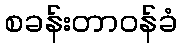
စခန်းတာဝန်ခံ